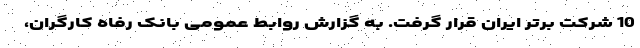
10 شرکت برتر ایران قرار گرفت. به گزارش روابط عمومی بانک رفاه کارگران،